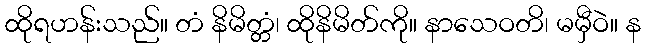
ထိုရဟန်းသည်။ တံ နိမိတ္တံ၊ ထိုနိမိတ်ကို။ နာသေဝတိ၊ မမှီဝဲ။ န